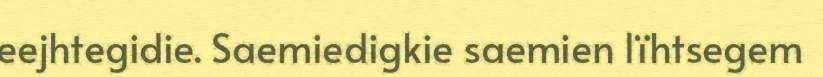
eejhtegidie. Saemiedigkie saemien lïhtsegem